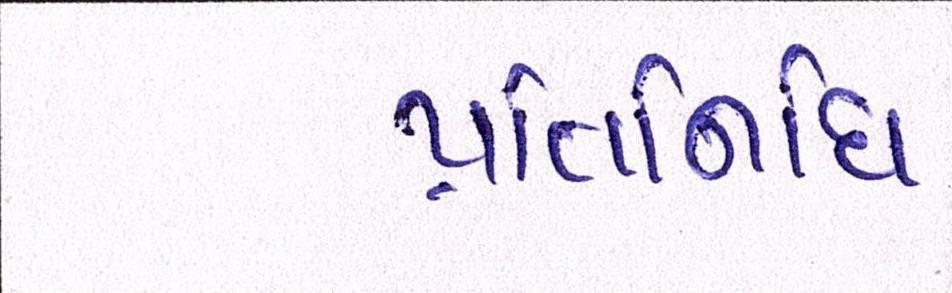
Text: પ્રતિનિધિ